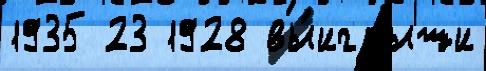
1935 23 1928 вы́игрыши